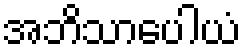
အဘိသာပေါယံ